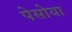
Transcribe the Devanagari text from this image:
पेसोया